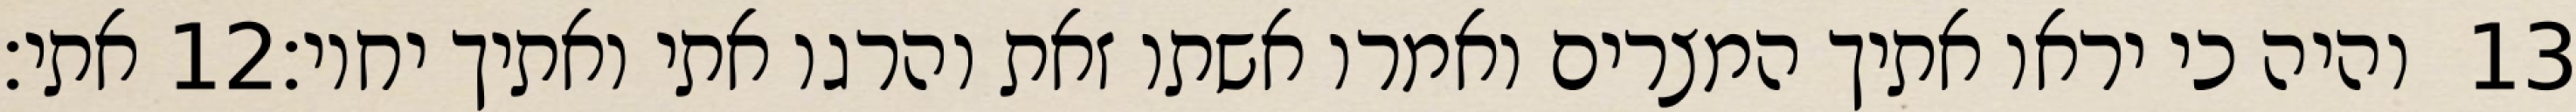
אתי׃ ‎12‏ והיה כי יראו אתיך המצרים ואמרו אשתו זאת והרגו אתי ואתיך יחיו׃ ‎13‏